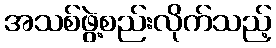
အသစ်ဖွဲ့စည်းလိုက်သည့်